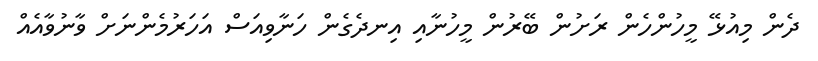
ދެން މިއުޅޭ މީހުންހެން ރަށުން ބޭރުން މީހުނާއި އިނދެގެން ހަނާވިއަސް އަހަރުމެންނަށް ވާނުވާއެއް